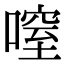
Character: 㗧